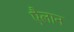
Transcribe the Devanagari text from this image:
एैलान